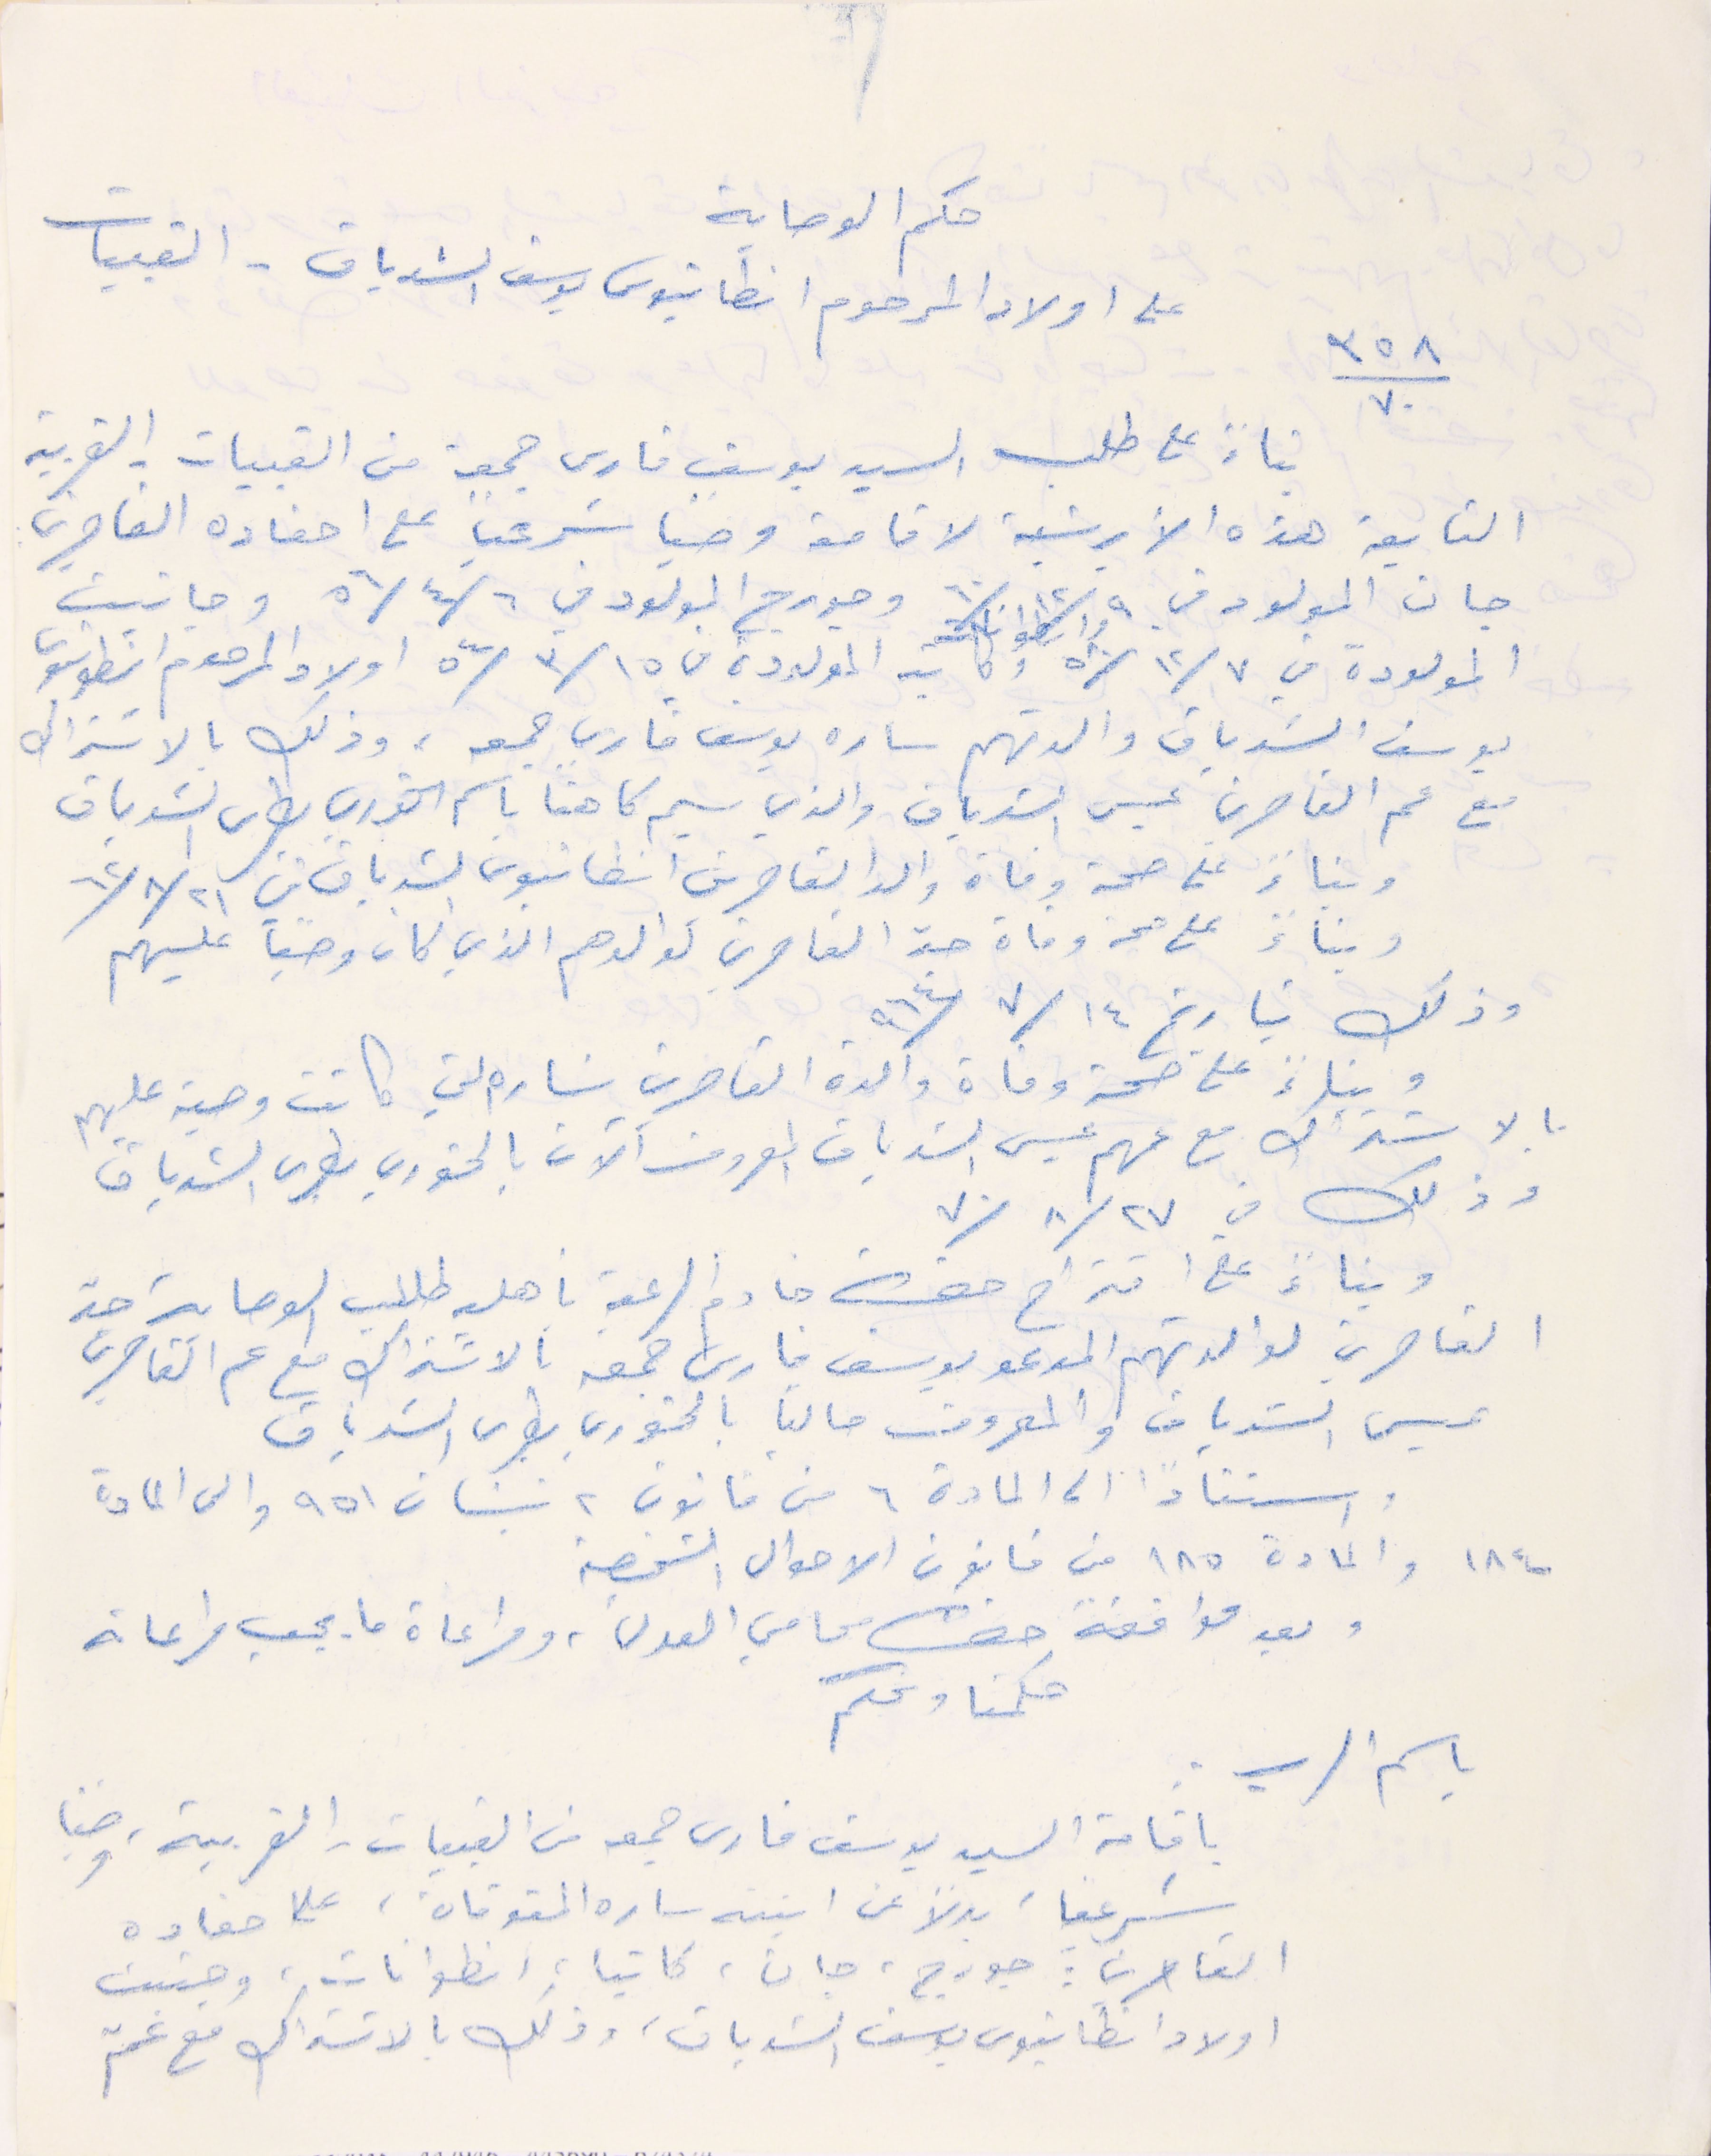
حكم الوصاية
على اولاد المرحوم انطانيوس يوسف الشدياق - القبيات
 بناء على طلب السيد يوسف فارس جمعة من القبيات الغربية
التابعة هذه الأبرشية لاقامة وصيًا شرعياً على احفاده القاصرين
جان المولود في ٩ /١٢/ ٦٠ وجورج المولود في ٦ /٤ / ٥٦ وجانيت
يوسف الشدياق والدتهم ساره يوسف فارس جمعه ، وذلك بالاشتراك
مع عم القاصرين عيسى الشدياق والذي سيم كاهنا باسم الخوري بطرس الشدياق
وبناءً على صحة وفاة والد القاصرين انطانيوس الشدياق في ٢١ / ٨ /٦٢
وذلك بتاريخ ١٤ / ٧/ ٩٦٤.
٣٥٨/٧٠
المولودة في ٧/ ١٢/ ٥٨ وكاتيا المولودة في ١٥/ ٣/ ٥٤ اولاد المرحوم انطونيوس
وبناءً على صحة وفاة جد القاصرين لوالدهم الذي كان وصياً عليهم
وبناءً على صحة وفاة والدة القاصرين سَاره التي كانت وصية عليهم
بالاشتراك مع عمهم عيسى الشدياق المعروف الان بالخورى بطرس الشدياق
وذلك في ٢٧/ ٨/ ٧٠
وبناءً على اقتراح حضرة خادم الرعية بأهلية طلب الوصاية جدّ
القاصرين لوالدتهم المدعو يوسف فارس جمعة بالاشتراك مع عم القاصرين
عيسى الشدياق والمعروف حالياً بالخوري بطرس الشدياق
استنادًا الى المادة ٦ من قانون ٢ نيسان ٩٥١ والى المادة
١٨٤ والمادة ١٨٥ من قانون الاحوال الشخصية
وبعد موافقة حضرة محامي العدل، ومراعاة ما يجب مراعاته
حكمنا ونحكم
باسم الرب:
باقامة السيد يوسف فارس جمعه من القبيات الغربية ، وصيًا
شرعيًا بدلاً عن ابنته ساره المتوفاة على احفاده
القاصرين: جورج، جان، كاتيا، انطوانات، وجنيت
اولاد انطانيوس يوسف الشدياق وذلك بالاشتراك مع عمّ